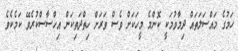
ހަމުގެ މައްސަލަތައް ދިމާވުމަކީ ކޮންމެ މީހަކަށް ވެސް ވަރަށް ހިތްދަތިކަން އިހްސާސްކުރެވޭ ކަމެކެވެ.